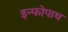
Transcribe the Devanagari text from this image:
इन्फोपाथ